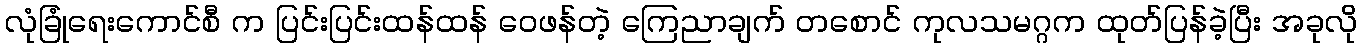
လုံခြုံရေးကောင်စီ က ပြင်းပြင်းထန်ထန် ဝေဖန်တဲ့ ကြေညာချက် တစောင် ကုလသမဂ္ဂက ထုတ်ပြန်ခဲ့ပြီး အခုလို